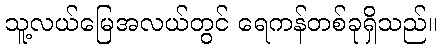
သူ့လယ်မြေအလယ်တွင် ရေကန်တစ်ခုရှိသည်။